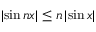
| \! \sin n x | \leq n \, | \! \sin x |